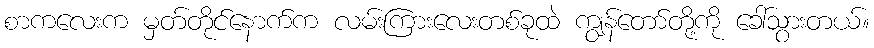
စာကလေးက မှတ်တိုင်နောက်က လမ်းကြားလေးတစ်ခုထဲ ကျွန်တော်တို့ကို ခေါ်သွားတယ်။